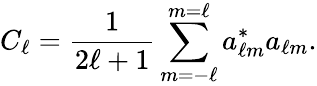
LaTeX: C_{\ell}={\frac{1}{2\ell+1}}\sum_{m=-\ell}^{m=\ell}a_{\ell m}^{*}a_{\ell m}.